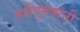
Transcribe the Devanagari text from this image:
स्त्रीपुरुषांनीं